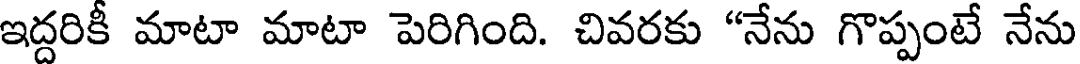
ఇద్దరికీ మాటా మాటా పెరిగింది. చివరకు "నేను గొప్పంటే నేను